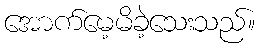
အောက်မေ့မိခဲ့သေးသည်။